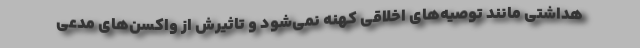
هداشتی مانند توصیه‌های اخلاقی کهنه نمی‌شود و تاثیرش از واکسن‌های مدعی